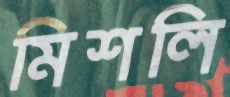
মিশলি